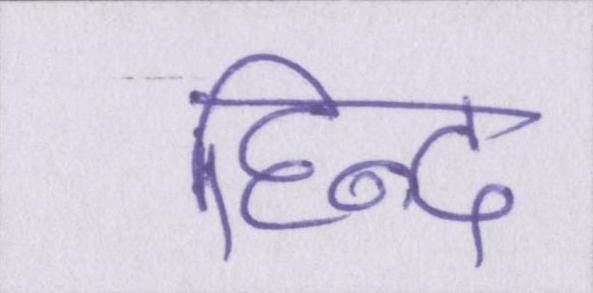
हिन्द